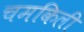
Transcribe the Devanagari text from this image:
चमकिली